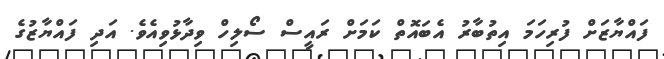
ފައްޔާޒަށް ފުރިހަމަ އިތުބާރު އެބައޮތް ކަމަަށް ރައީސް ސޯލިހް ވިދާޅުވިއެވެ. އަދި ފައްޔާޒުގެ